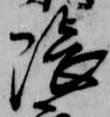
隈